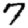
Digit: 7